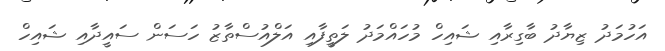
އަހުމަދު ޒިޔާދު ބާގިރާއި ޝައިހް މުހައްމަދު ލަތީފާއި އަލްއުސްތާޒު ހަސަން ސައީދާއި ޝައިހް